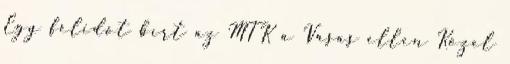
Egy félidőt bírt az MTK a Vasas ellen Közel